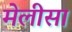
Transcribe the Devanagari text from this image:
मेलीसा